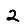
Digit: 2